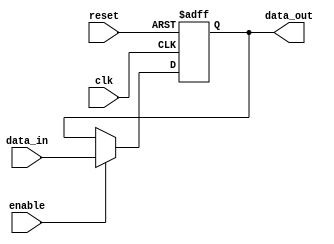
module ttl_buffer(
    input wire enable,
    input wire clk,
    input wire reset,
    input wire [7:0] data_in,
    output reg [7:0] data_out
);

reg [7:0] buffer;

always @(posedge clk or posedge reset) begin
    if (reset) begin
        buffer <= 8'h00;
    end else begin
        if (enable) begin
            buffer <= data_in;
        end
    end
end

assign data_out = buffer;

endmodule